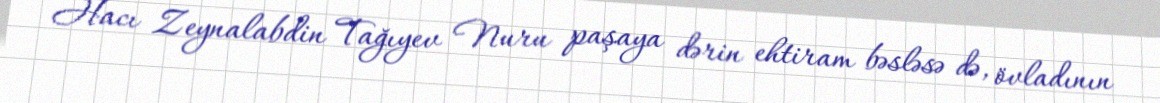
Hacı Zeynalabdin Tağıyev Nuru paşaya dərin ehtiram bəsləsə də, övladının